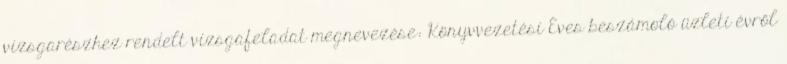
vizsgarészhez rendelt vizsgafeladat megnevezése: Könyvvezetési Éves beszámoló üzleti évről